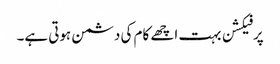
پرفیکشن بہت اچھے کام کی دشمن ہوتی ہے۔